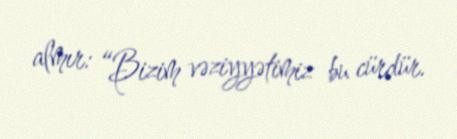
almır: “Bizim vəziyyətimiz bu cürdür.